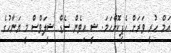
އަމް ހުރީ ވަރަށް ހެޕީކޮށްހަމަ. ޝީ އިވެން ސެޑް ޝީލަވްސް މީ ޔަނާހުގެ